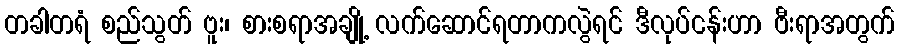
တခါတရံ စည်သွတ် ဗူး၊ စားစရာအချို့ လက်ဆောင်ရတာကလွဲရင် ဒီလုပ်ငန်းဟာ ဗီးရာအတွက်